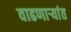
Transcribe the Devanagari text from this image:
वाढणार्‍यांत